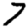
Digit: 7